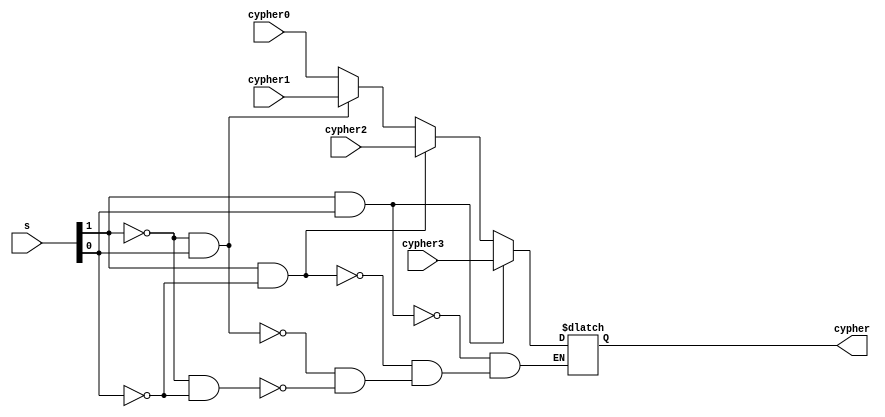
module mux_4x1(
	input  [3:0] cypher0,
	input  [3:0] cypher1,
	input  [3:0] cypher2,
	input  [3:0] cypher3,
	input  [1:0] s, 
	output reg [3:0] cypher
	);

	always@(*)
		begin
			if(s[1] == 0 && s[0] == 0)
				cypher = cypher0;
			if(s[1] == 0 && s[0] == 1)
				cypher = cypher1;
			if(s[1] == 1 && s[0] == 0)
				cypher = cypher2;
			if(s[1] == 1 && s[0] == 1)
				cypher = cypher3;
		end
	
endmodule